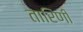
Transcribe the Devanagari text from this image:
तारिणीं